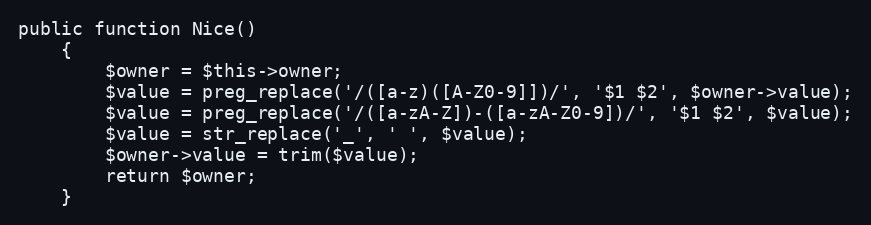
Language: PHP
public function Nice()
    {
        $owner = $this->owner;
        $value = preg_replace('/([a-z)([A-Z0-9]])/', '$1 $2', $owner->value);
        $value = preg_replace('/([a-zA-Z])-([a-zA-Z0-9])/', '$1 $2', $value);
        $value = str_replace('_', ' ', $value);
        $owner->value = trim($value);
        return $owner;
    }